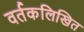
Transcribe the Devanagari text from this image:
वर्तकलिखित